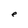
Character: e